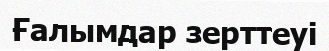
Ғалымдар зерттеуі